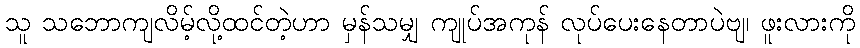
သူ သဘောကျလိမ့်လို့ထင်တဲ့ဟာ မှန်သမျှ ကျုပ်အကုန် လုပ်ပေးနေတာပဲဗျ၊ ဖူးလားကို